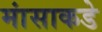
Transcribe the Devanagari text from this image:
मांसाकडे